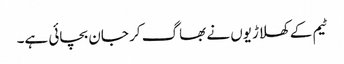
ٹیم کے کھلاڑیوں نے بھاگ کر جان بچائی ہے۔